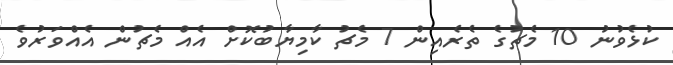
ކުޅެވުނު 10 މެޗުގެ ތެރެއިން 7 މެޗު ކާމިޔާބުކޮށް އެއް މެޗުން އެއްވަރުވެ